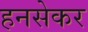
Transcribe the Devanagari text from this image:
हनसेकर